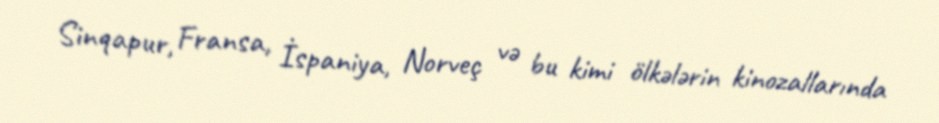
Sinqapur, Fransa, İspaniya, Norveç və bu kimi ölkələrin kinozallarında